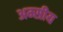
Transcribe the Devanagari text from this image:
अम्सीय